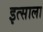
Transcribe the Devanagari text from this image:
इत्साला